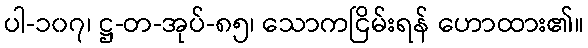
ပါ-၁၀၇၊ ဋ္ဌ-တ-အုပ်-၈၅၊ သောကငြိမ်းရန် ဟောထား၏။